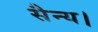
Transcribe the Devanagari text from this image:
सैन्य।